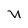
Character: U